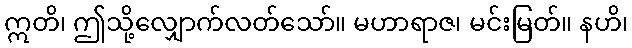
ဣတိ၊ ဤသို့လျှောက်လတ်သော်။ မဟာရာဇ၊ မင်းမြတ်။ နဟိ၊